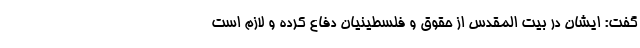
گفت: ایشان در بیت المقدس از حقوق و فلسطینیان دفاع کرده و لازم است